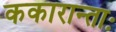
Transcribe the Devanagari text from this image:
ककारान्ताः